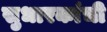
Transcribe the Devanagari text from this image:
सुधारकांची